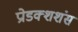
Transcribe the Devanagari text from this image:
प्रोडक्शशंस